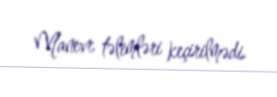
Manevr təlimləri keçirilmədi.